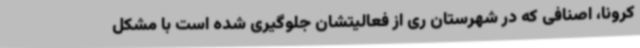
کرونا، اصنافی که در شهرستان ری از فعالیتشان جلوگیری شده است با مشکل